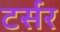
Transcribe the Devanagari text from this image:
टर्सर